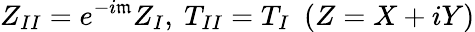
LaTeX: Z_{II}=e^{-i\mathfrak{m}}Z_{I},\ T_{II}=T_{I}\ \ (Z=X+iY)